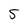
Character: 5